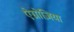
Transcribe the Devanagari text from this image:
ऐग्नोज़िया